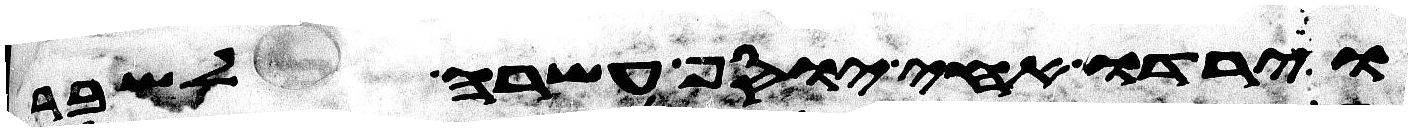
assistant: וירדו אחי יוסף עשרה לשבר